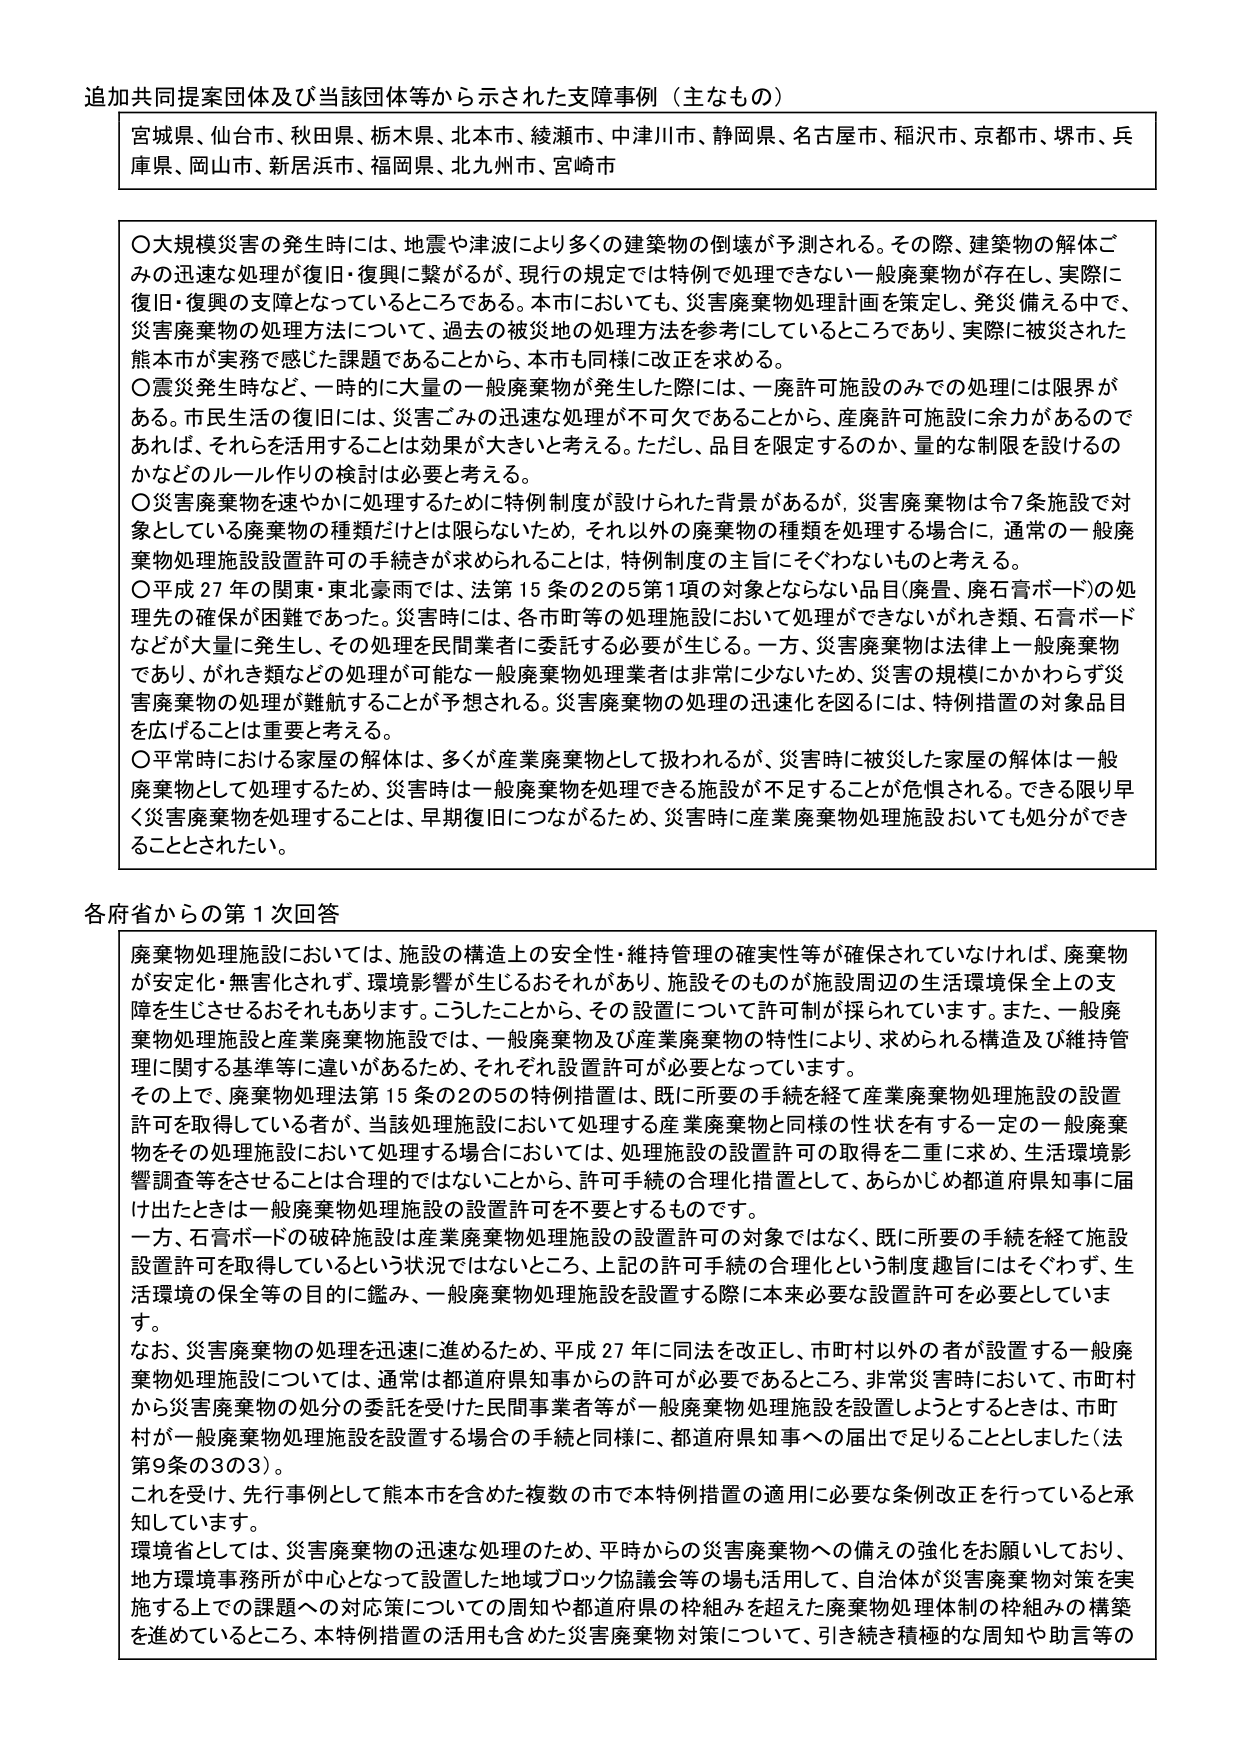
追加共同提案団体及び当該団体等から示された支援事例（主なもの）

宮城県、仙台市、秋田県、栃木県、北本市、綾瀬市、中津川市、静岡県、名古屋市、稲沢市、京都市、堺市、兵庫県、岡山市、新居浜市、福岡県、北九州市、宮崎市

〇大規模災害の発生時には、地震や津波により多くの建築物の倒壊が予測される。その際、建築物の解体ごみの迅速な処理が復旧・復興に繋がるが、現行の規定では特例で処理できない一般廃棄物が存在し、実際に復旧・復興の支障となっているところである。本市においても、災害廃棄物処理計画を策定し、発災備える中で、災害廃棄物の処理方法について、過去の被災地の処理方法を参考にしているところであり、実際に被災された熊本市が実務で感じた課題であることから、本市も同様に改正を求める。

〇震災発生時など、一時的に大量の一般廃棄物が発生した際には、一廃許可施設のみでの処理には限界がある。市民生活の復旧には、災害ごみの迅速な処理が不可欠であることから、産廃許可施設に余力があるのであれば、それらを活用することは効果が大きいと考える。ただし、品目を限定するのか、量的な制限を設けるのかなどのルール作りの検討は必要と考える。

〇災害廃棄物を速やかに処理するために特例制度が設けられた背景があるが、災害廃棄物は令7条施設で対象としている廃棄物の種類だけとは限らないため、それ以外の廃棄物の種類を処理する場合に、通常の一般廃棄物処理施設設置許可の手続きが求められることは、特例制度の主旨にそぐわないものと考える。

〇平成27年の関東・東北豪雨では、法第15条の2の5第1項の対象とならない品目（廃畳、廃石膏ボード）の処理先の確保が困難であった。災害時には、各市町等の処理施設において処理ができないがれき類、石膏ボードなどが大量に発生し、その処理を民間業者に委託する必要が生じる。一方、災害廃棄物は法律上一般廃棄物であり、がれき類などの処理が可能な一般廃棄物処理業者は非常に少ないため、災害の規模にかかわらず災害廃棄物の処理が難航することが予想される。災害廃棄物の処理の迅速化を図るには、特例措置の対象品目を広げることが重要と考える。

〇平常時における家屋の解体は、多くが産業廃棄物として扱われるが、災害時に被災した家屋の解体は一般廃棄物として処理するため、災害時は一般廃棄物を処理できる施設が不足することが危惧される。できる限り早く災害廃棄物を処理することは、早期復旧につながるため、災害時に産業廃棄物処理施設においても処分ができることとされた。

各府省からの第1次回答

廃棄物処理施設においては、施設の構造上の安全性・維持管理の確実性等が確保されていなければ、廃棄物が安定化・無害化されず、環境影響が生じるおそれがあり、施設そのものが施設周辺の生活環境保全上の支障を生じさせるおそれもあります。こうしたことから、その設置について許可制が採られています。また、一般廃棄物処理施設と産業廃棄物施設では、一般廃棄物及び産業廃棄物の特性により、求められる構造及び維持管理に関する基準等に違いがあるため、それぞれ設置許可が必要となっています。

その上で、廃棄物処理法第15条の2の5の特例措置は、既に所要の手続を経て産業廃棄物処理施設の設置許可を取得している者が、当該処理施設において処理する産業廃棄物と同様の性状を有する一定の一般廃棄物をその処理施設において処理する場合においては、処理施設の設置許可の取得を二重に求め、生活環境影響調査等をさせることは合理的ではないことから、許可手続の合理化措置として、あらかじめ都道府県知事に届け出たときは一般廃棄物処理施設の設置許可を不要とするものです。

一方、石膏ボードの破砕施設は産業廃棄物処理施設の設置許可の対象ではなく、既に所要の手続を経て施設設置許可を取得しているという状況ではないところ、上記の許可手続の合理化という制度趣旨にはそぐわず、生活環境の保全等の目的に鑑み、一般廃棄物処理施設を設置する際に本来必要な設置許可を必要としています。

なお、災害廃棄物の処理を迅速に進めるため、平成27年に同法を改正し、市町村以外の者が設置する一般廃棄物処理施設については、通常は都道府県知事からの許可が必要であるところ、非常災害時において、市町村から災害廃棄物の処分の委託を受けた民間事業者等が一般廃棄物処理施設を設置しようとするときは、市町村が一般廃棄物処理施設を設置する場合の手続と同様に、都道府県知事への届出で足りることとしました（法第9条の3の3）。

これを受けて、先行事例として熊本市を含めた複数の市で本特例措置の適用に必要な条例改正を行っていると承知しています。

環境省としては、災害廃棄物の迅速な処理のため、平常からの災害廃棄物への備えの強化をお願いしており、地方環境事務所が中心となって設置した地域ブロック協議会等の場も活用して、自治体が災害廃棄物対策を実施する上での課題への対応策についての周知や都道府県の枠組みを超えた廃棄物処理体制の枠組みの構築を進めているところ、本特例措置の活用も含めた災害廃棄物対策について、引き続き積極的な周知や助言等の